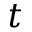
t